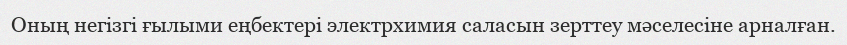
Оның негізгі ғылыми еңбектері электрхимия саласын зерттеу мәселесіне арналған.